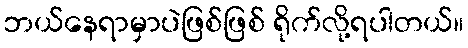
ဘယ်နေရာမှာပဲဖြစ်ဖြစ် ရိုက်လို့ရပါတယ်။